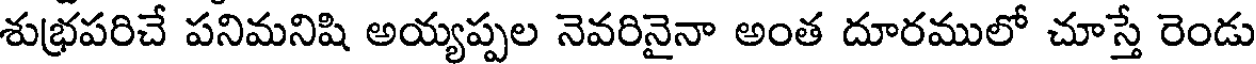
శుభ్రపరిచే పనిమనిషి అయ్యప్పల నెవరినైనా అంత దూరములో చూస్తే రెండు